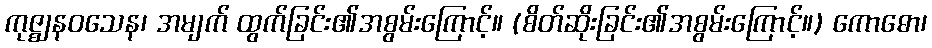
ကုဇ္ဈနဝသေန၊ အမျက် ထွက်ခြင်း၏အစွမ်းကြောင့်။ (စိတ်ဆိုးခြင်း၏အစွမ်းကြောင့်။) ကောဓော၊